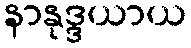
နာနုဒ္ဒယာယ